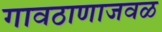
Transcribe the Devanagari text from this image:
गावठाणाजवळ